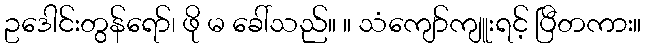
ဥဒေါင်းတွန်ရော်၊ ဖို မ ခေါ်သည်။ ။ သံကျော်ကျူးရင့် ပြီတကား။